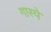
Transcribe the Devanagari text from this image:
गास्पे